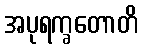
အပုရက္ခတောတိ